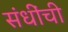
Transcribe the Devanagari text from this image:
संधींची